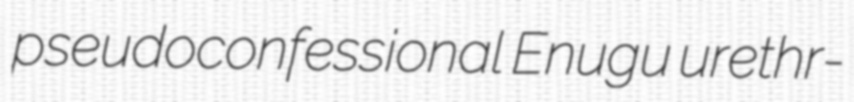
pseudoconfessional Enugu urethr-